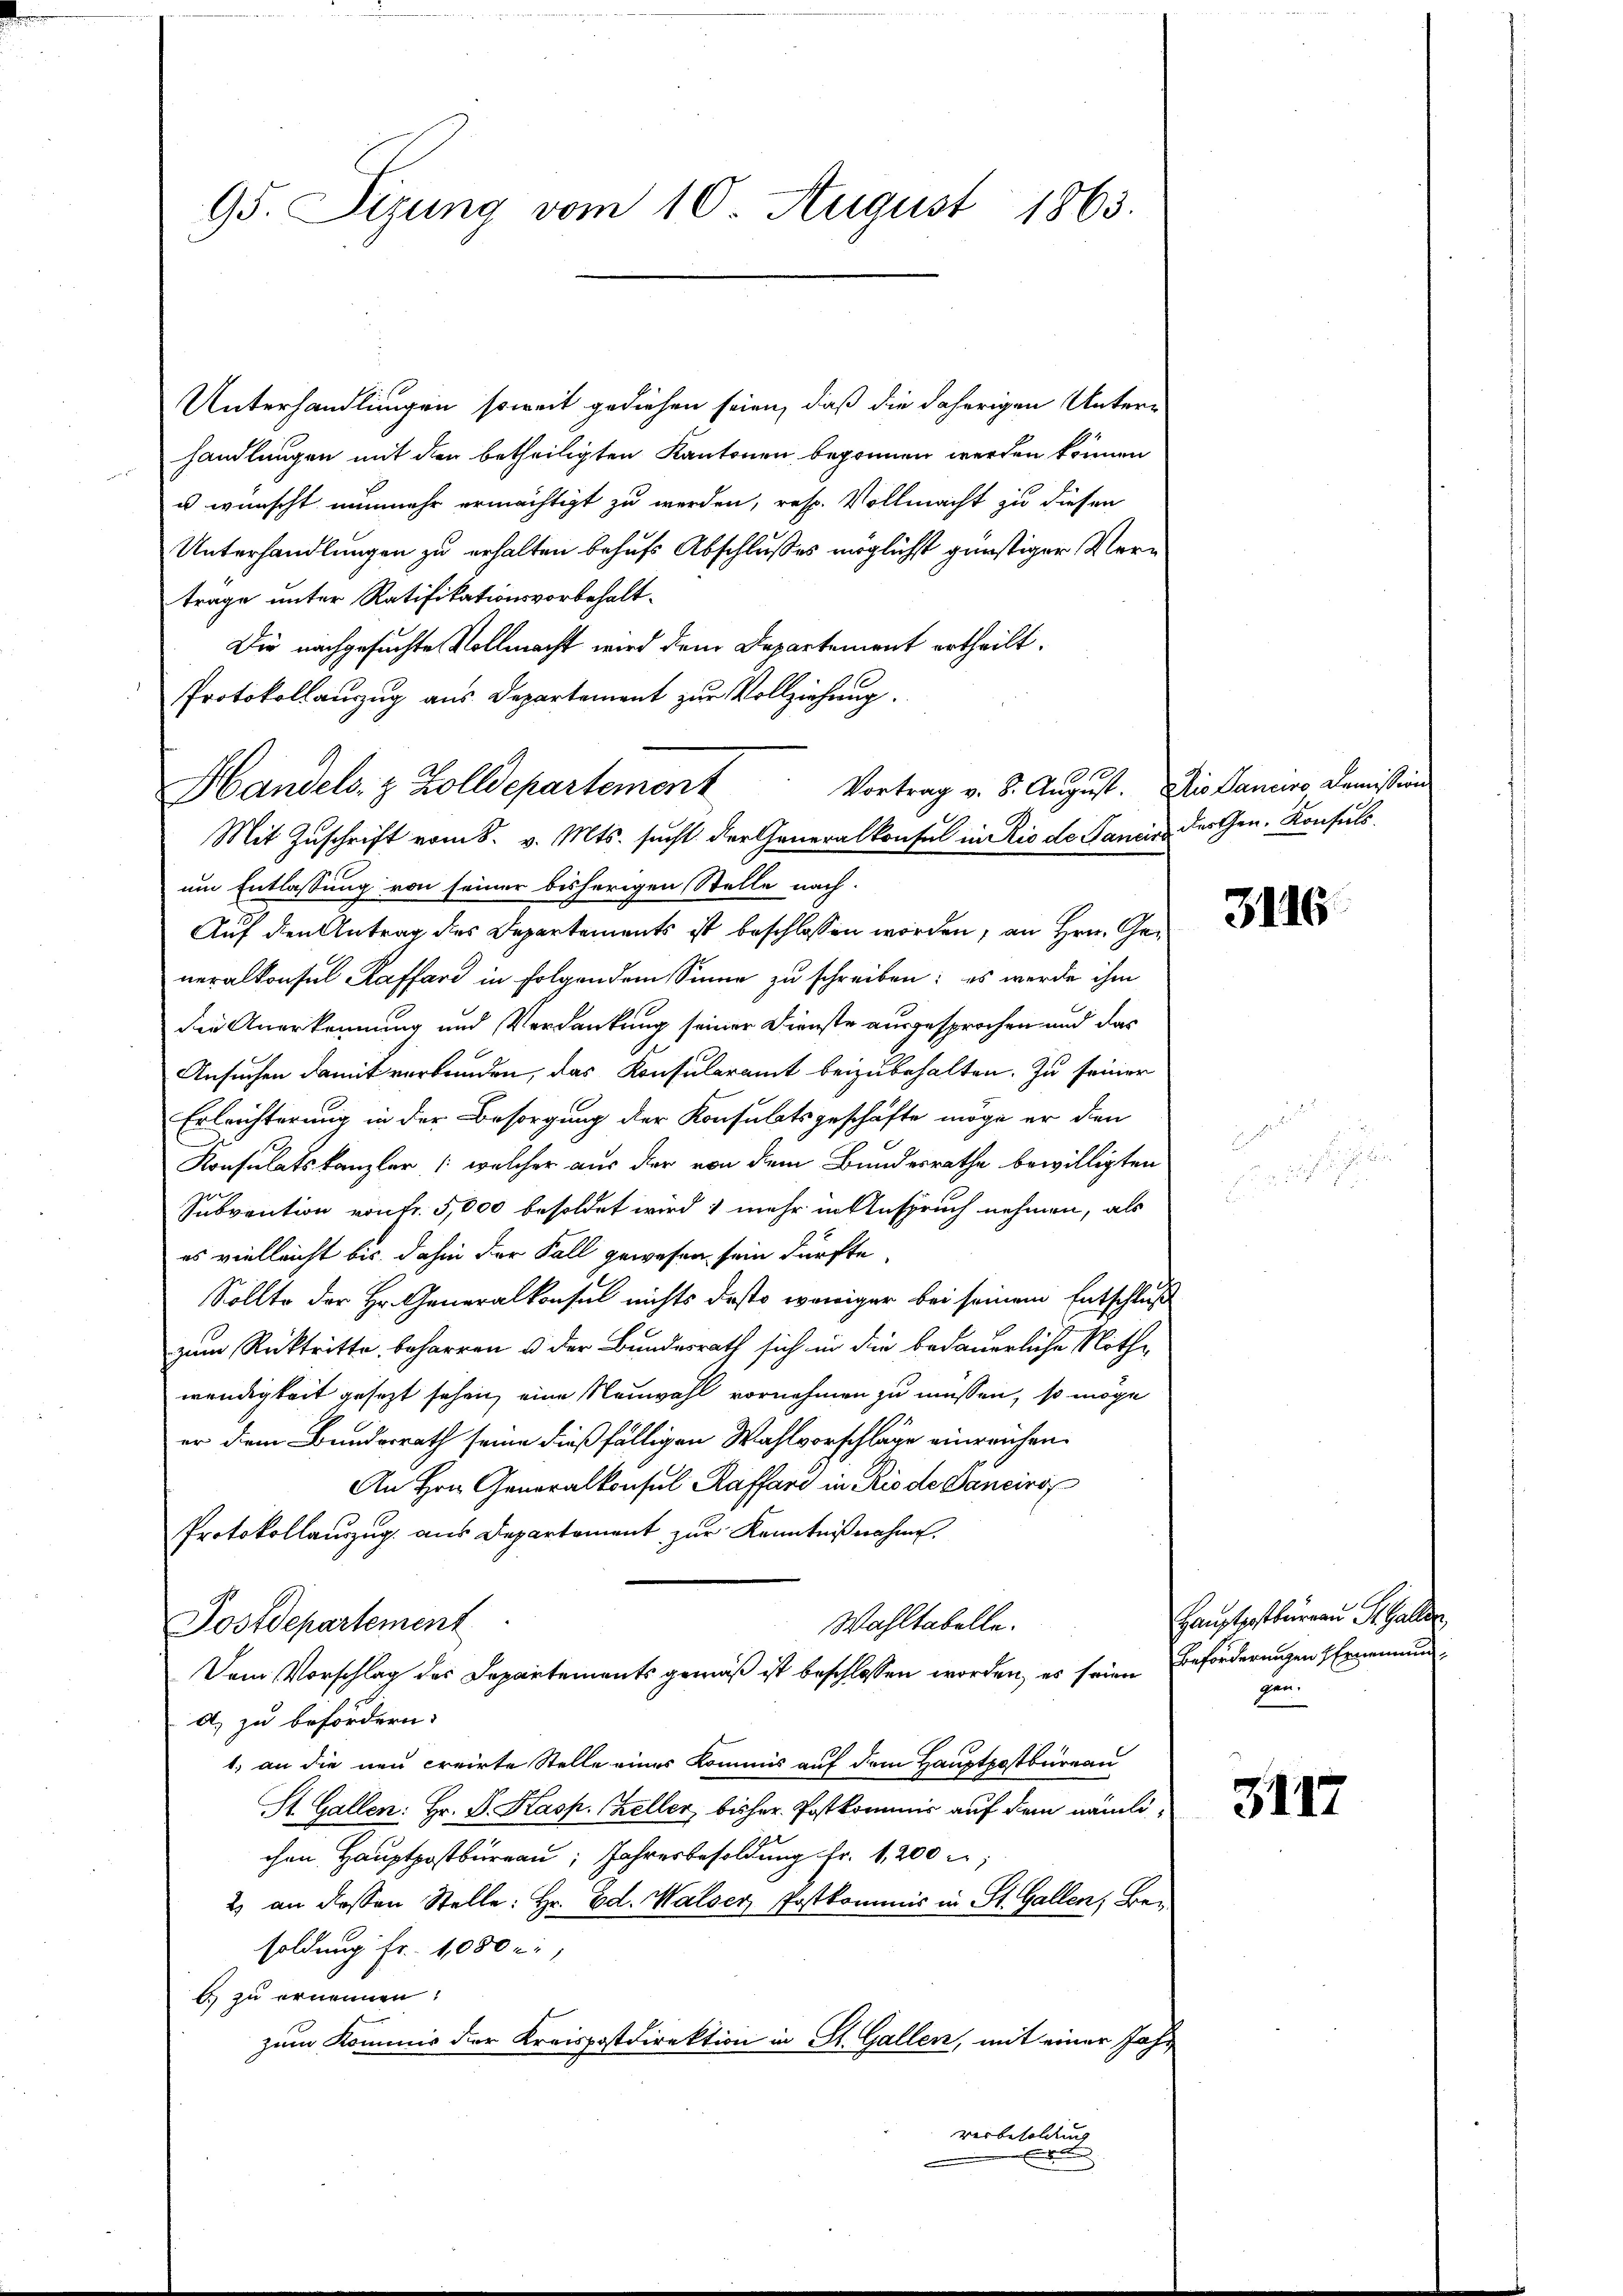
95. Sizung vom 10. August 1863.

Unterhandlungen soweit gediehen seien, daß die daherigen Unter-
handlungen mit den betheiligten Kantonen begonnen werden können
u wünscht nunmehr ermächtigt zu werden, resp. Vollmacht zu diesen
Unterhandlungen zu erhalten behufs Abschlußes möglichst günstiger Vertrage unter Ratifikationsvorbehalt¬
Die nachgesuchte Vollmacht wird dem Departement ertheilt.
Protokollauszug aus Departement zur Vollziehung.
Auf den Antrag des Departements ist beschlossen worden, an Hrn. Generalkonsul Raffard in folgendem Sinne zu schreiben; es werde ihm
die Anerkennung und Verdankung seiner Dienste ausgesprochen und das
Ansuchen damit verbunden, das Konsularamt beizubehalten. Zu seiner
Erleichterung in der Besorgung der Konsulatsgeschäfte möge er den
Konsulatskanzler (welcher aus der von dem Bundesrathe bewilligten
Subvention von Fr. 5,000 besoldet wird mehr in Anspruch nehmen, als
es vielleicht bis dahin der Fall gewesen sein dürfte.
Sollte der Hr. Generalkonsul nichts desto weniger bei seinem Entschluß
zum Rücktritte, beharren u der Bundesrath sich in die bedauerliche Nothwendigkeit gesezt sehen, eine Neuwahl vornehmen zu müssen, so möge
er dem Bundesrath seine dießfälligen Wahlvorschläge einreichen.
An Hrn. Generalkonsul Raffare in Rio de Daneiro
Protokollauszug aus Departement zur Kenntnißnahme,
Wahltabelle.
Postdepartement
Dem Vorschlag des Departements gemäß ist beschlossen worden, es seien Beförderungen Ernennung
a) zu befördern.
1. an die neu creirte Stelle eines Kommis auf dem Hauptpostbüreau
St. Gallen: Hr. P. Kasp. Keller, bisher Postkommis auf dem nämlichen Hauptpostbüreau, Jahresbesoldung Fr. 1,200 r
2) an dessen Stelle: Hr. Ed. Walser Postkommis in St. Gallen, Besoldung Fr. 1,000 r.
b zu ernennen!
zum Kommis der Kreispostdirektion in St. Gallen, mit einer Jahr
verbesoldung

Handels. z. Zolldepartement
Mit Zuschrift vom 8. v. Mts. sucht der Generalkonsul in Rio de Janis der Gen. Konsuls.
um Entlassung von seiner bisherigen Stelle nach

Vortrag v. 8. August. Die Daneiro, Demission

3116

Hauptpostbureau St. Galler,
gen.

3112